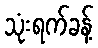
သုံးရက်ခန့်